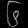
Digit: ၆